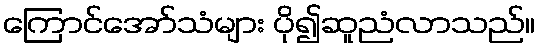
ကြောင်အော်သံများ ပို၍ဆူညံလာသည်။